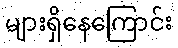
များရှိနေကြောင်း